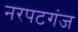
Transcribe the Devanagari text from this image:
नरपटगंज